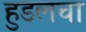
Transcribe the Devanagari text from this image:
हुडलचा